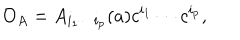
LaTeX: { \cal O } _ { A } = A _ { i _ { 1 } \cdots i _ { p } } ( a ) c ^ { i _ { 1 } } \cdots c ^ { i _ { p } } ,